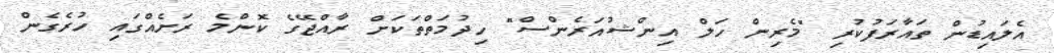
އެލައިޑުން ތައާރަފުކުރި "މެރިން ހަލް އިންޝުއަރެންސް" ހިދުމަތްތަކަށް ރާއްޖޭގެ ކޮންމެ ރަށެއްގައި ހުރެގެން